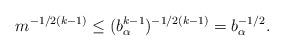
LaTeX: \begin{align*}m^{-1/2(k-1)} \leq (b_\alpha^{k-1})^{-1/2(k-1)} = b_\alpha^{-1/2}.\end{align*}